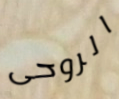
الروحى